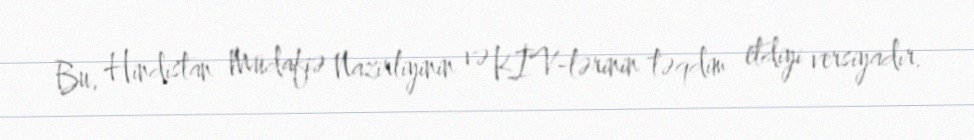
Bu, Hindistan Müdafiə Nazirliyinin və KİV-lərinin təqdim etdiyi versiyadır.